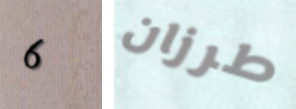
6 طرزان